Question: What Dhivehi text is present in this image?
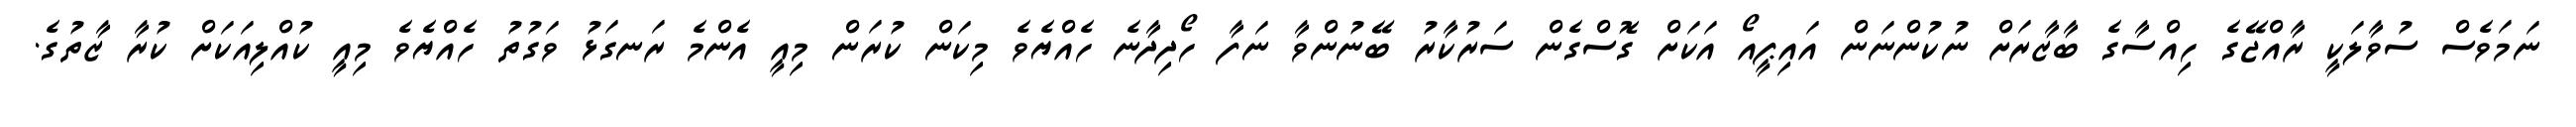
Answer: ނަމަވެސް ސުވާލަކީ ރާއްޖޭގެ ހިއްސާގެ ބާޒާރަށް ނުކުންނަން އައިޕީއޯ އަކަށް ގޮސްގެން ސަރުކާރު ބޭނުންވާ ނަފާ ހޯދިދާނެ ހެއްޔެވެ މިކަން ކުރަން މިއީ އެންމެ ރަނގަޅު ވަގުތު ހެއްޔެވެ މިއީ ކުއްލިއަކަށް ކުރާ ޒާތުގެ.